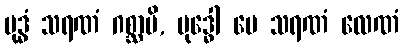
ဗုဒ္ဓံ သရဏံ ဂစ္ဆာမိ, ဗုဒ္ဓေါ မေ သရဏံ လေဏံ